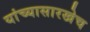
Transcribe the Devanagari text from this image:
यांच्यासारखेच